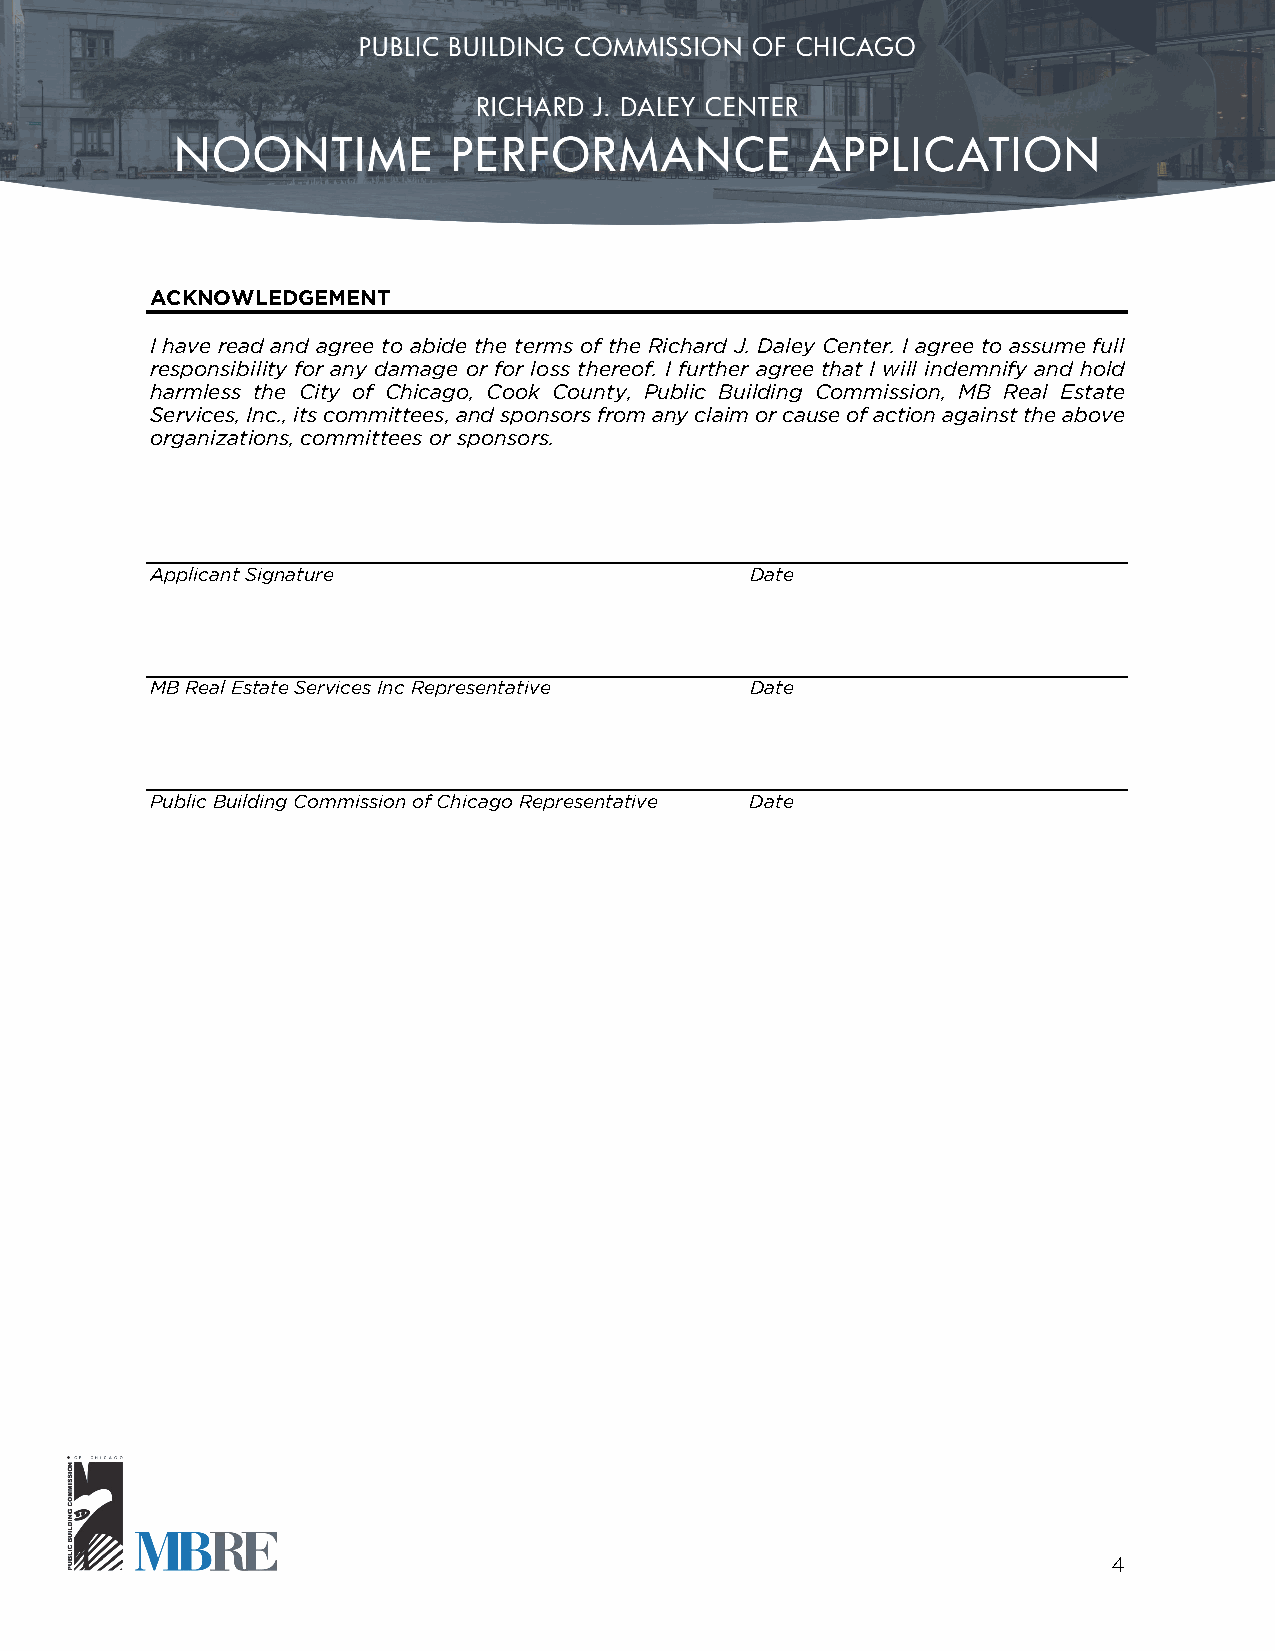
ACKNOWLEDGEMENT
 I have read and agree to abide the terms of the Richard J. Daley Center. I agree to assume full
 responsibility for any damage or for loss thereof. I further agree that I will indemnify and hold
 harmless the City of Chicago, Cook County, Public Building Commission, MB Real Estate
 Services, Inc., its committees, and sponsors from any claim or cause of action against the above
 organizations, committees or sponsors.
 Applicant Signature                     Date
 MB Real Estate Services Inc Representative Date
 Public Building Commission of Chicago Representative Date
 4